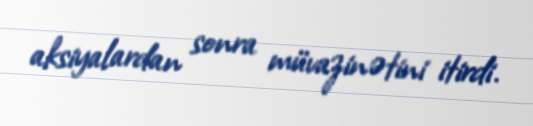
aksiyalardan sonra müvazinətini itirdi.